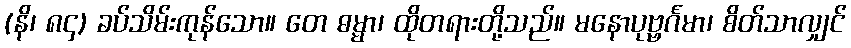
(နိ၊ ၈၄) ခပ်သိမ်းကုန်သော။ တေ ဓမ္မာ၊ ထိုတရားတို့သည်။ မနောပုဗ္ဗင်္ဂမာ၊ စိတ်သာလျှင်